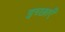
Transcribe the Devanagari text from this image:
इच्‍छाएँ